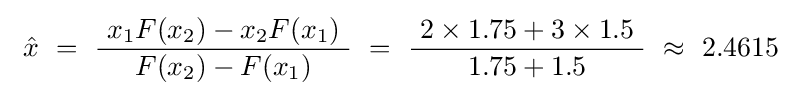
\ {\hat {x}}~=~{\frac {~x_{1}F(x_{2})-x_{2}F(x_{1})~}{F(x_{2})-F(x_{1})}}~=~{\frac {~2\times 1.75+3\times 1.5~}{1.75+1.5}}~\approx ~2.4615\